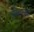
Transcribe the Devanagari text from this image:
इचेसच्या